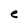
Character: e